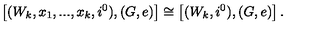
\left[ ( W _ { k } , x _ { 1 } , . . . , x _ { k } , i ^ { 0 } ) , ( G , e ) \right] \cong \left[ ( W _ { k } , i ^ { 0 } ) , ( G , e ) \right] .